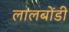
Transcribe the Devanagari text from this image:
लालबोंडी